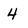
Character: 4